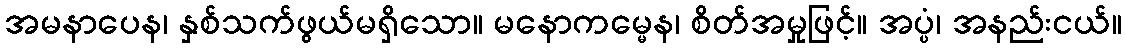
အမနာပေန၊ နှစ်သက်ဖွယ်မရှိသော။ မနောကမ္မေန၊ စိတ်အမှုဖြင့်။ အပ္ပံ၊ အနည်းငယ်။